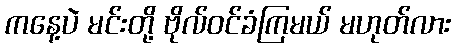
ကနေ့ပဲ မင်းတို့ ဗိုလ်ဝင်ခံကြမယ် မဟုတ်လား